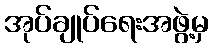
အုပ်ချုပ်ရေးအဖွဲ့မှ